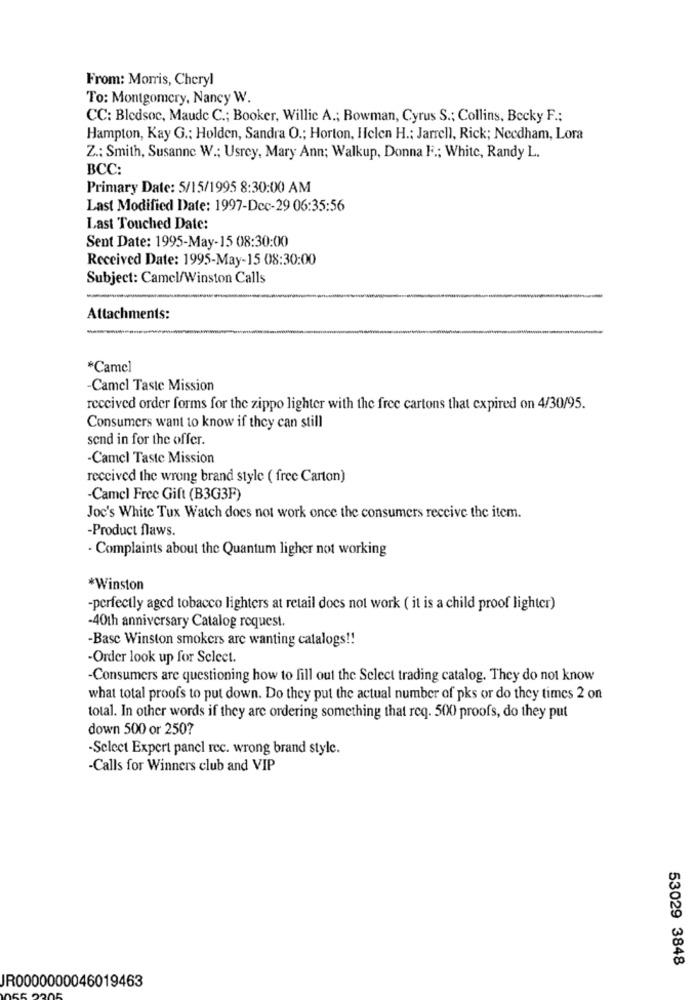
From: Morris, Cheryl
To: Montgomery, Nancy W.
CC: Bledsoc, Maude C .; Booker, Willie A .; Bowman, Cyrus S .; Collins, Becky F .:
Hampton, Kay G .: Holden, Sandra O .; Horton, Helen H .: Jarrell, Rick; Needham, Lora
Z .: Smith, Susanne W .; Usrey, Mary Ann; Walkup, Donna F .; White, Randy L.
BCC:
Primary Date: 5/15/1995 8:30:00 AM
Last Modified Date: 1997-Dec-29 06:35:56
Last Touched Date:
Sent Date: 1995-May-15 08:30:00
Received Date: 1995-May-15 08:30:00
Subject: Camel/Winston Calls
Attachments:
*Camel
-Camel Taste Mission
received order forms for the zippo lighter with the free cartons that expired on 4/30/95.
Consumers want to know if they can still
send in for the offer.
-Camel Taste Mission
received the wrong brand style ( free Carton)
-Camel Free Gift (B3G3F)
Joc's White Tux Watch does not work once the consumers receive the item.
-Product flaws.
- Complaints about the Quantum ligher not working
*Winston
-perfectly aged tobacco lighters at retail does not work ( it is a child proof lighter)
-40th anniversary Catalog request.
-Basc Winston smokers are wanting catalogs !!
-Order look up for Select.
-Consumers are questioning how to fill out the Select trading catalog. They do not know
what total proofs to put down. Do they put the actual number of pks or do they times 2 on
total. In other words if they are ordering something that req. 500 proofs, do they put
down 500 or 250?
-Select Expert panel rec. wrong brand style.
-Calls for Winners club and VIP
53029 3848
JR0000000046019463